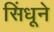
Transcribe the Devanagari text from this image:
सिंधूने